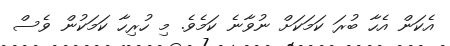
އެކަން އެހާ ބުރަ ކަމަކަށް ނުވާނެ ކަމެވެ. މި ހުރިހާ ކަމަކުން ވެސް